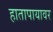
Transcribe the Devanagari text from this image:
हातापायावर